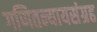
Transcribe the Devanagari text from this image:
गणितन्यायसंग्रह